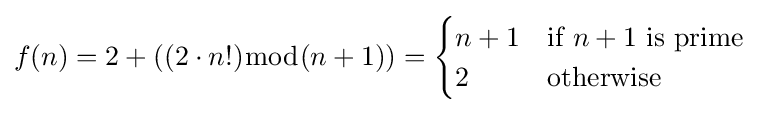
f(n)=2+((2\cdot n!){\bmod {(}}n+1))={\begin{cases}n+1&{\text{if }}n+1{\text{ is prime}}\\2&{\text{otherwise}}\end{cases}}